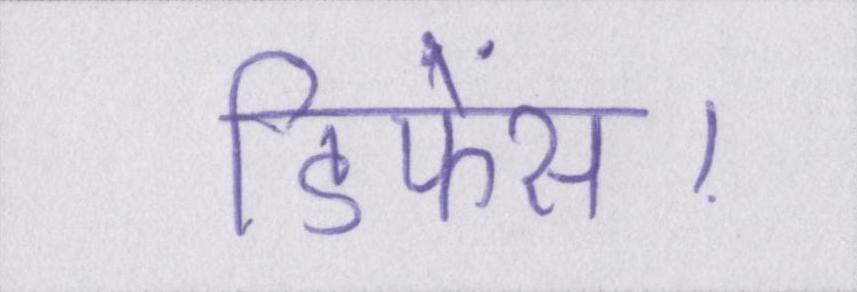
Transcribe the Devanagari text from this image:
डिफेंस।